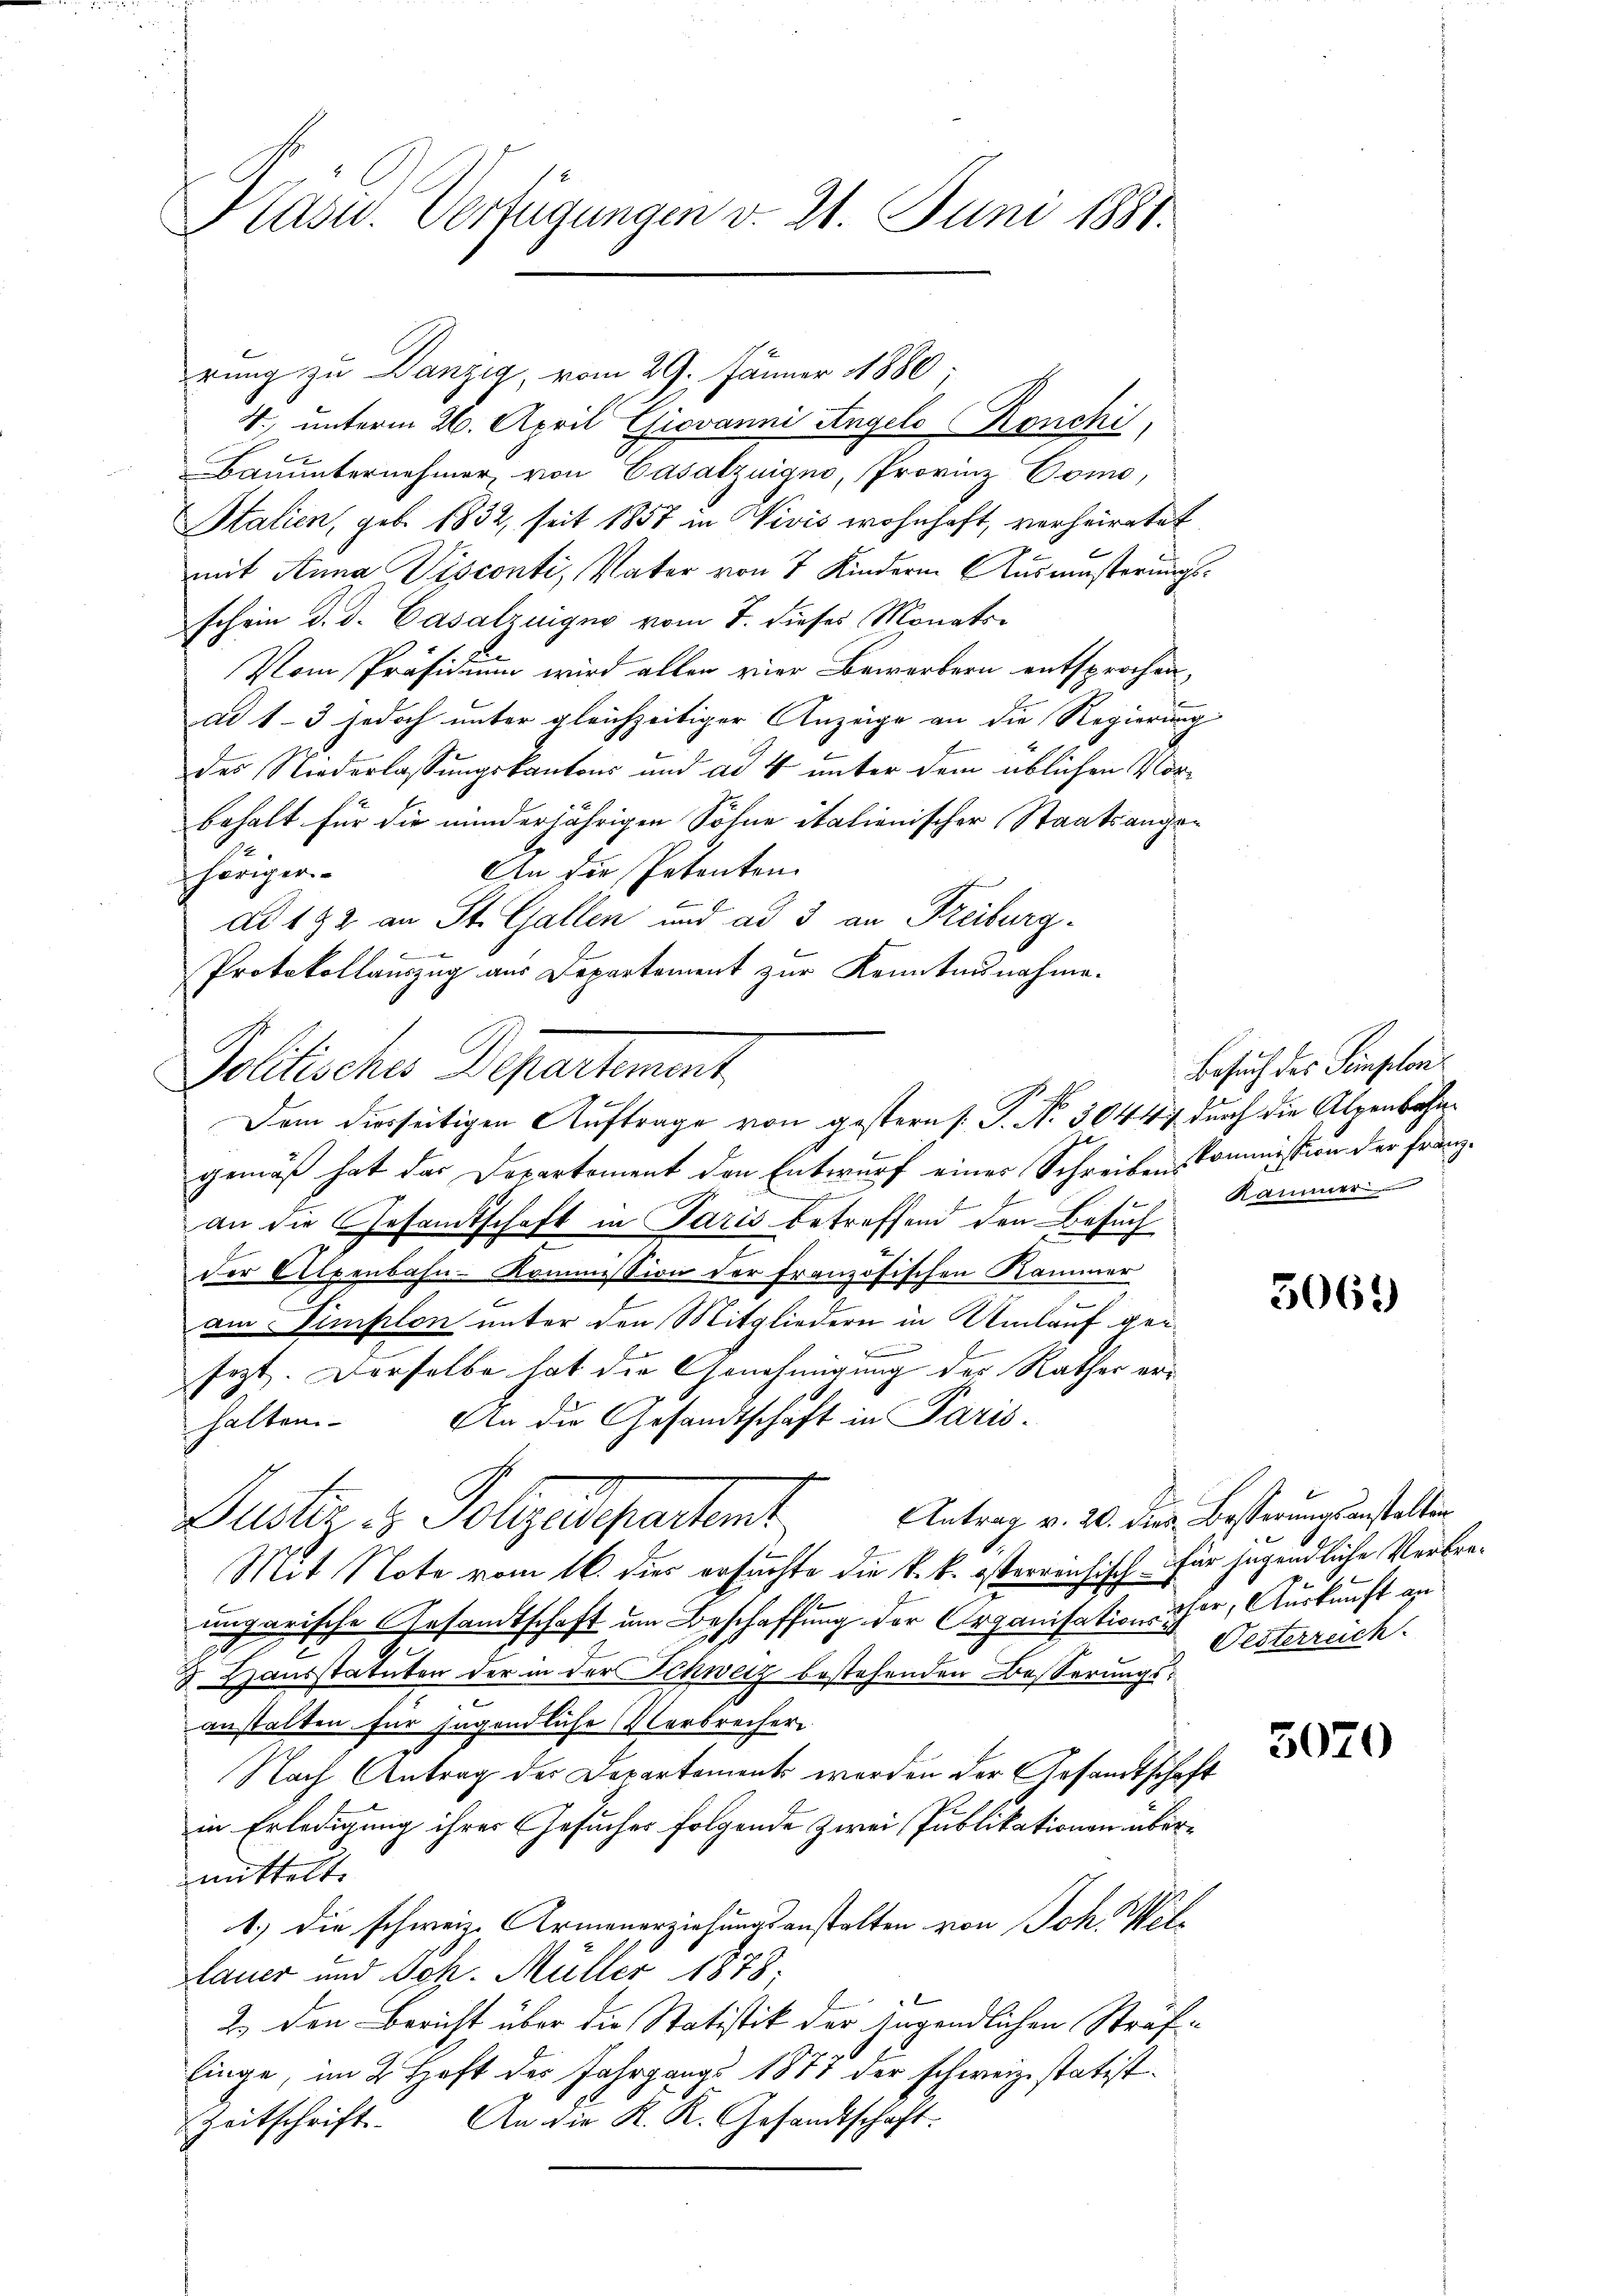
Präsid. Verfügungen v. 21. Juni 1881.

rung zu Danzig, vom 29. Jänner 1880
Bauunternehmer von Casalzuigno, Provinz Como,
Stalien, geb. 1832, seit 1857 in Vivis wohnhaft, verheiratet
mit Anna Visconti, Vater von 7 Kindern Ausrüsterungsschein d. d. Casalzuigno vom 7. dieses Monats-
.
Vom Präsidium wird allen vier Bewerbern entsprochen,
ad 1-3 jedoch unter gleichzeitiger Anzeige an die Regierung
des Niederlassungskantons und ad 4 unter dem üblichen Vorbehalt für die minderjährigen Sohne italienischer Staatsange¬
An die Petenten.
höriger
ad 182 an St. Gallen und ad 3 an Freiburg-
Protokollauszug aus Departement zur Kenntnisnahme.
gemäß hat das Departement den Entwurf einer Schreibens-Commission der Franzan die Gesamtschaft in Paris betreffend den Besuch
der Alpenbahn-Kommission der französischen Kammer
am  Simplon unter den Mitgliedern in Umlauf geisezt. Derselbe hat die Genehmigung des Rather erhalten. An die Gesandtschaft in Paris
Antrag v. 20. dies Besserungsanstalten
Duster & Polizeidepartamt,
Mit Note vom 16. dies ersuchte die k. k. österreichisch für jugendliche Verbreungarische Gesandtschaft um Beschaffung der Organisationssher, Auskunft an
3 Hausstatuten der in der Schweiz bestehenden Besserungse
anstalten für jugendliche Verbrechere
Nach Antrag der Departement werden der Gesandtschaft
in Erledigung ihres Gesucher folgende zwei Publikationen übermittelt.
1.) Die schweize Armenerziehungsanstalten von Joh. Wellauer und Joh. Müller 1878;
2. den Bericht über die Statistik der Jugendlichen Sträf
linge, im 2. Haft des Jahrgangs 1877 der schweize statist.
Zeitschrift. An die K. K. Gesandtschaft.

4., unterm 26. April Giovanni Angelo Ronchi,

Politische Departement,
Dem diesseitigen Auftrage von gestern P. Nr. 30444 durch die Alpenbahn

Besuch des Semplon
Kammer

5062)

1.
Pesterreich

3070